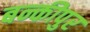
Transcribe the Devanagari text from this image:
बन्कीपुर